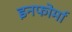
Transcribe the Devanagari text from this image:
इनफोर्मा